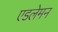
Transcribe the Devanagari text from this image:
एडलेमन